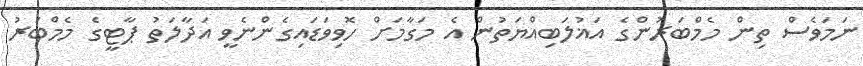
ނަމަވެސް ތިން މެމްބަރުންގެ އަޣުލަބިއްޔަތުން އެ މަގާމަށް ހޮވިވަޑައިގެންނެވީ އަދާލަތު ޕާޓީގެ މެމްބަރު